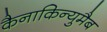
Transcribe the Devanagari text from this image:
कैनाकिन्युमैब